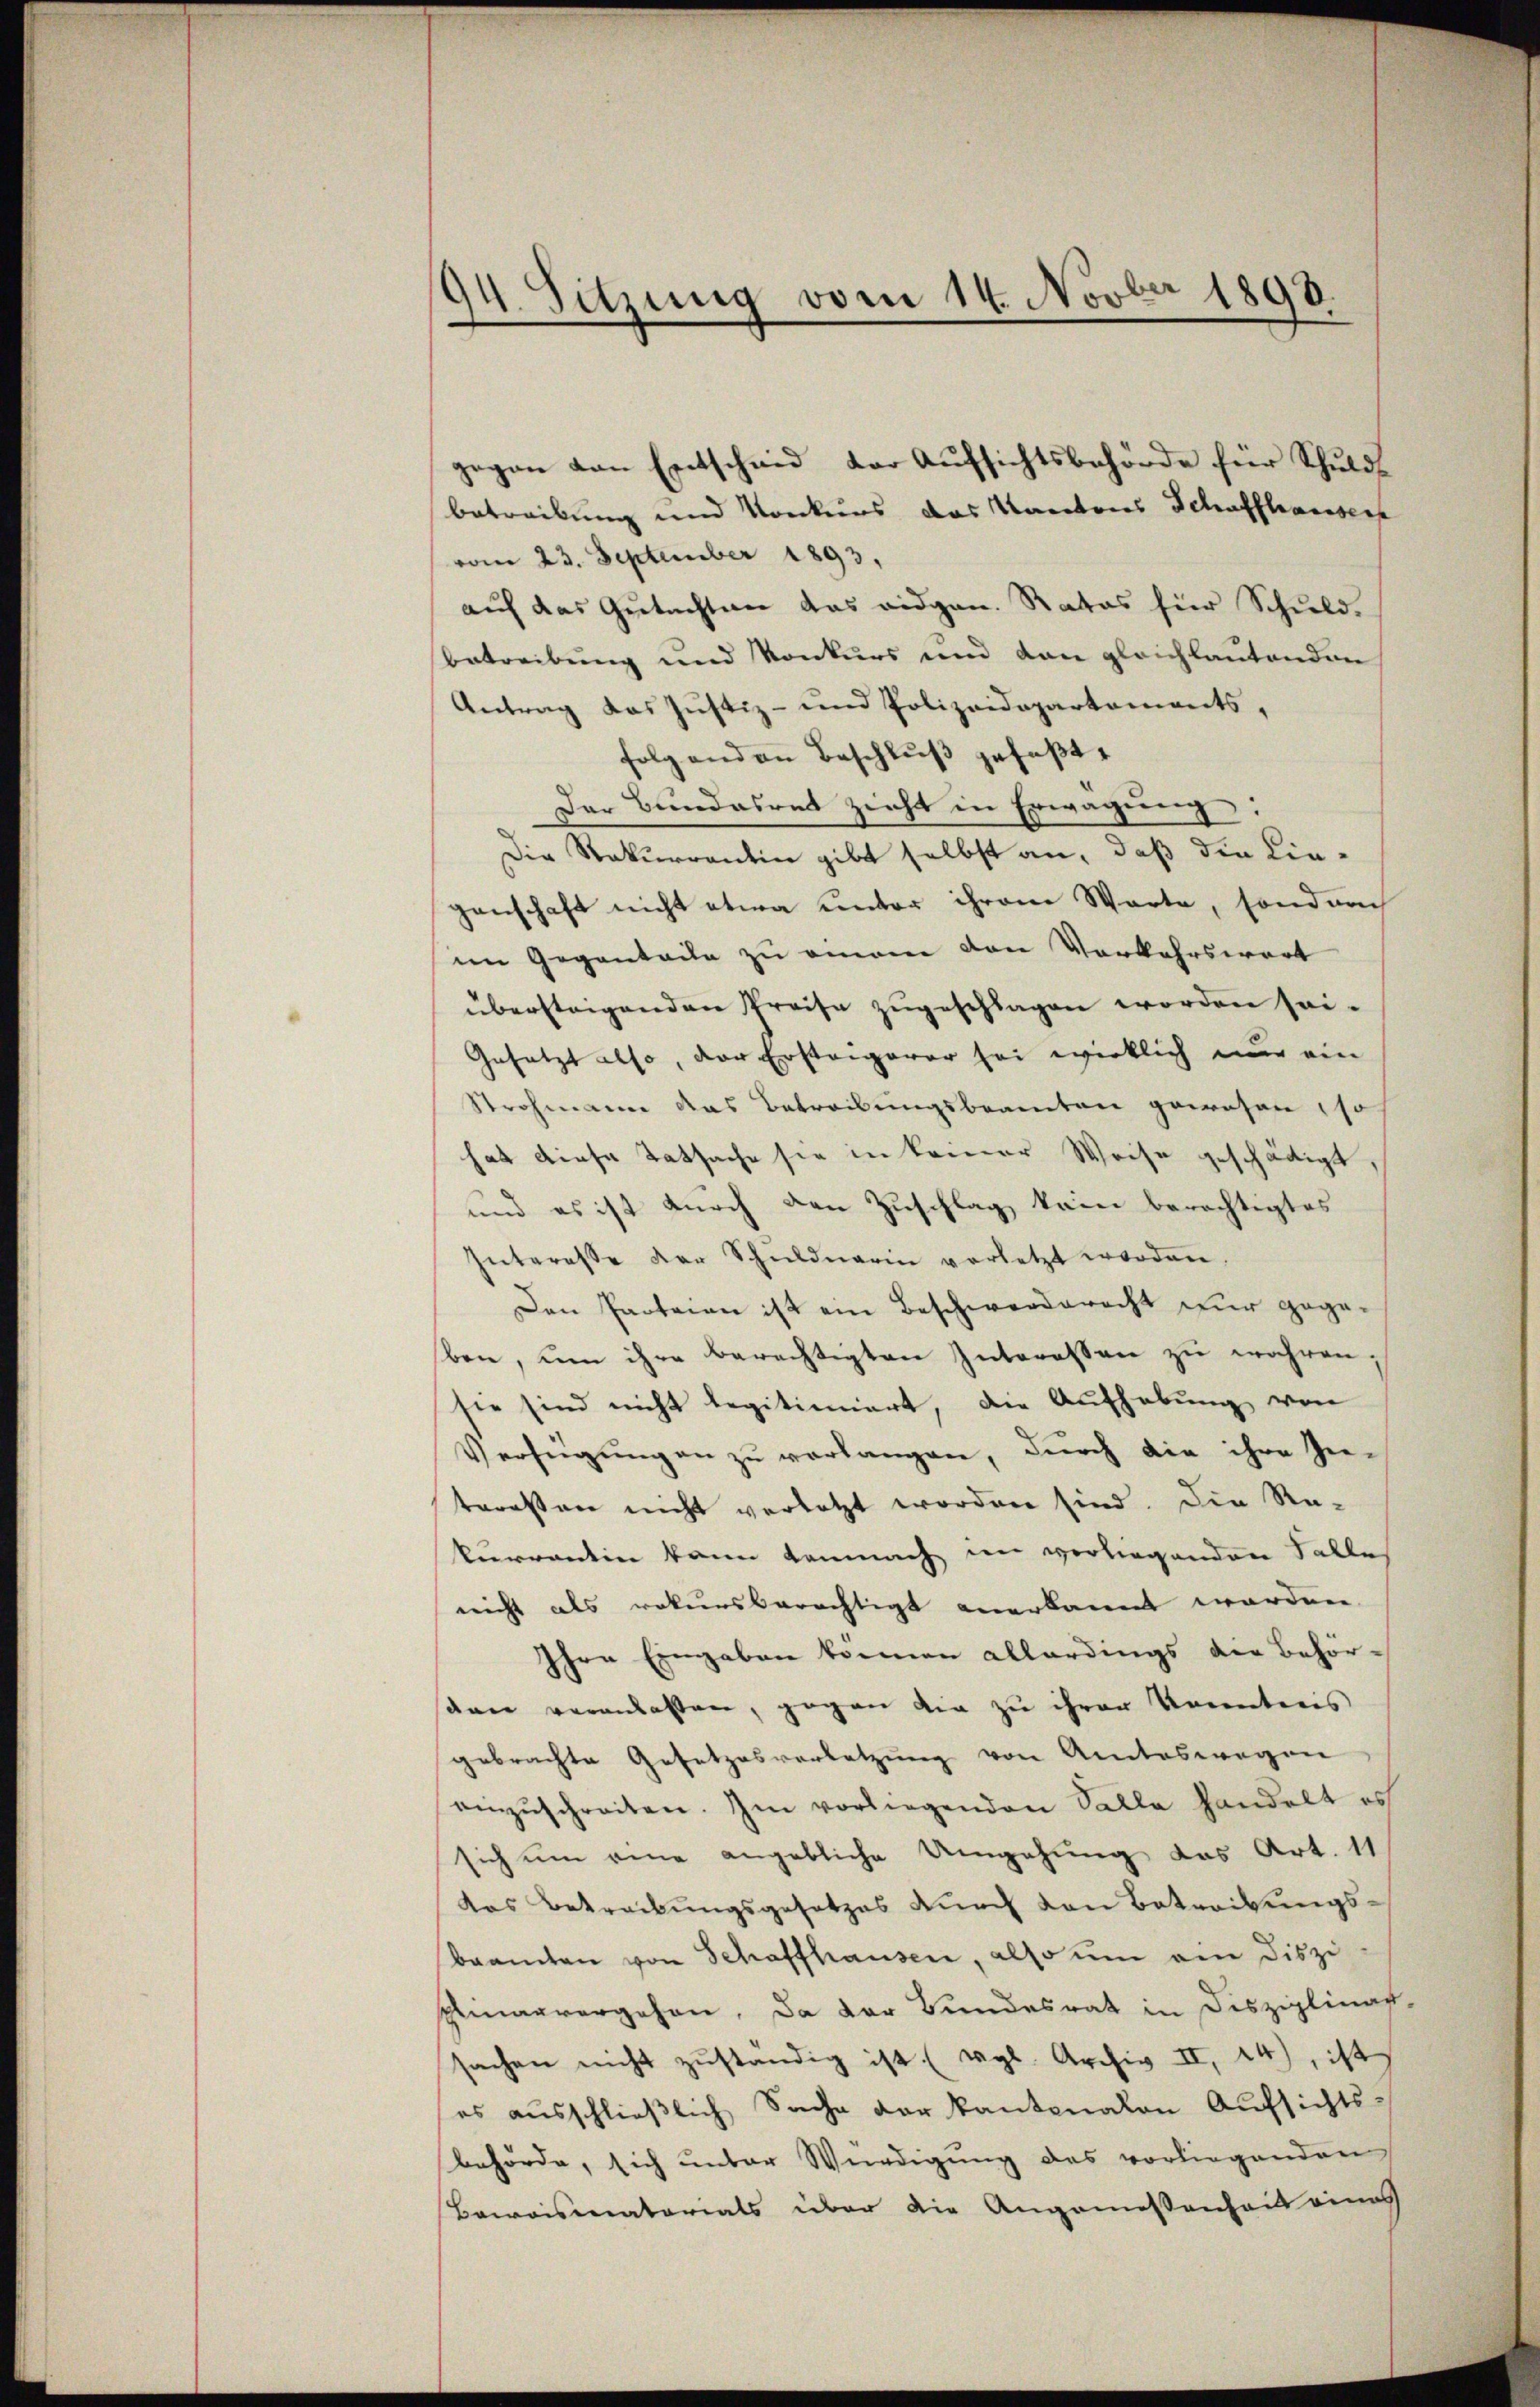
94. Sitzung vom 14. Novber 1898.

gegen von Entscheid der Aŭfsichtsbehörde für Schuldbetreibung und Konkurs das Kantons Schaffhausers
vom 23. September 1893,
auf das Gutachten das eidgen. Rates für Schuldbetreibung und Konkurs und von gleichlautenden
Antrag das Justiz- und Polizeidepartements,
folgenden Beschluß gefaßt,
Der Bundesrat zieht in Erwägung:
Die Rekurrentin gibt selbst an, daß die Liegenschaft nicht etwa unter ihrem Warte, sonderch
im Gegenteile zu eman den Verkehrswert
überstrigenden Preise zugeschlagen worden sei¬
Gesetzt also, der Erstangerer sei wirklich nur ein
Strohmann das Betreibungsbeamten gewesen, so
hat diese Tatsache sie in keiner Weise geschädigt,
und es ist durch den Zuschlag kein berechtigtes
Interesse der Schŭldnerin verletzt worden,
Den Parteien ist ein Beschwerderecht für gege-
ben, um ihre berechtigten Interessen zu wahren;
sie sind nicht legitimiert, die Aufhebung von
Verfügŭngen zŭ verlangen, durch die ihre Ge-
teressen nicht verletzt worden sind. Die Re-
kurrentin kann demnach im vorliegenden Falle
nicht als rekursberechtigt anerkannt worden.
Ihre Eingaben können allerdings die Behör-
den veranlassen, gegen die zu ihrer Konnteris
gebrachte Gesetzesverletzung von Amteswegen
einzŭschreiten. Im vorliegenden Salle handelt es
sich um eine angebliche Umgehung das Art. 11
das Betreibungsgesetzes durch von Betreibungsbeamten von Schaffhausen, also um ein Diszi
plinarvergehen, da der Bundesrat in Disziplinas-
sachen nicht zŭständig ist (vgl. Archiv II, 24), ist
es ausschließlich Sache der Kantonalen Aufsichts-
behörde, sich unter Würdigung des vorliegenden
Beweismaterials über die Angemessenheit eines